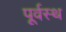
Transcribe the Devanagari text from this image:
पूर्वस्थ